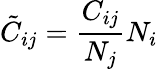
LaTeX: \tilde{C}_{ij}=\frac{C_{ij}}{N_{j}}N_{i}